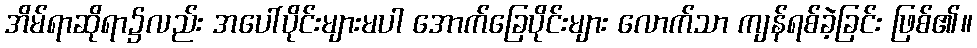
အိမ်ရာဆိုရာ၌လည်း အပေါ်ပိုင်းများမပါ အောက်ခြေပိုင်းများ လောက်သာ ကျန်ရစ်ခဲ့ခြင်း ဖြစ်၏။